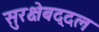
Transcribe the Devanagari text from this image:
सुरक्षेबद्दल